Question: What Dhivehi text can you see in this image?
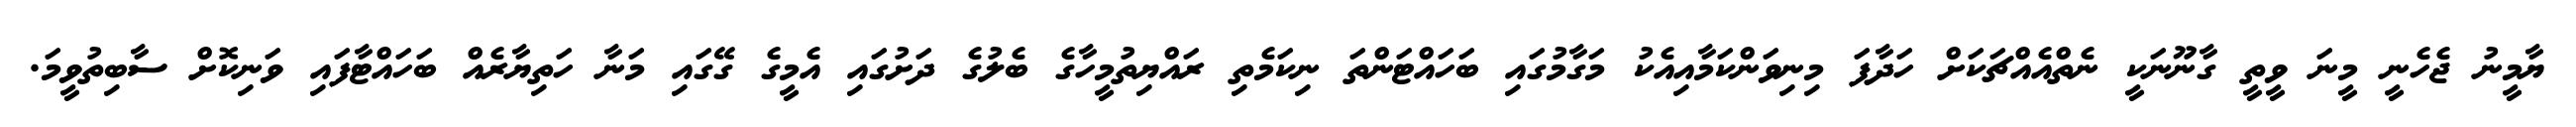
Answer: ޔާމީނު ޖެހެނީ މީނަ ވީތީ ގާނޫނަކީ ނެތްއެއްޗަކަށް ހަދާފަ މިނިވަންކަމާއިއެކު މަގާމުގައި ބަހައްޓަންތަ ނިކަމެތި ރައްޔިތުމީހާގެ ބެލުގެ ދަށުގައި އެމީގެ ގޭގައި މަނާ ހަތިޔާރެއް ބަހައްޓާފައި ވަނިކޮށް ސާބިތުވީމަ.